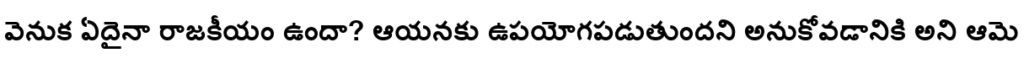
వెనుక ఏదైనా రాజకీయం ఉందా? ఆయనకు ఉపయోగపడుతుందని అనుకోవడానికి అని ఆమె